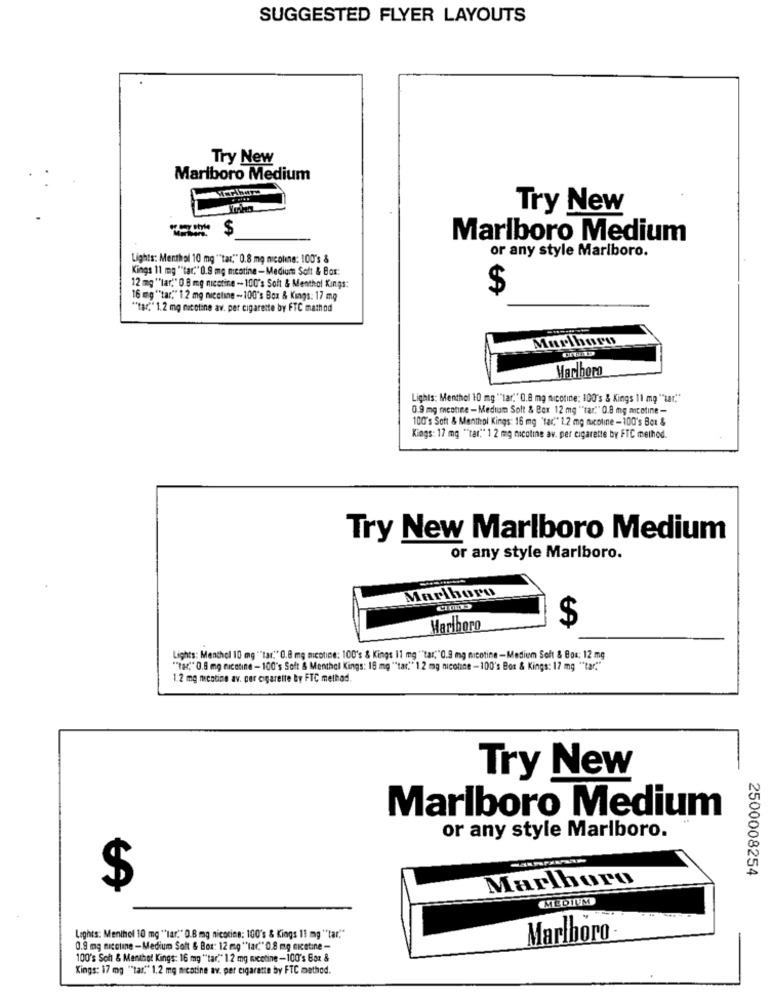
SUGGESTED FLYER LAYOUTS
Try New
Marlboro Medium
Try New
$
Marlboro Medium
or any style Marlboro.
Lights: Menthol 10 mg ""tar." 0.8 mg nicoline: 100's &
Kings 11 mg ""tar," 0.9 mg mcotine-Medium Soft & Bor:
12 mg ""lar," 0.8 mg nicotine - 100's Soft & Menthol Kings:
$
16 mg ""tar" 1.2 mg nicotine -100's Box & Kings: 17 mg
""tar," 1.2 mg nicotine av. per cigarette by FTC mathod
Marlboro
Marlboro
Lights: Menthol 10 mg ""tar." 0.8 mg nicotine: 100's & Kings 11 mg "tar."
0.9 mg mcotine - Medium Solt & Bor 12 mg ""tar." 0.8 mg micotine -
100's Soft & Menthol Kings: 16 mg "tac" 1.2 mg nicotine -100's Bor &
Kings: 17 mg "tar"" 1 2 mg nicotine av. per cigarette by FTC method.
Try New Marlboro Medium
or any style Marlboro.
Marlboro
$
Marlboro
Lights: Menthol 10 mg ""tar." 0.8 mg nicotine: 100's & Kings 11 mg ""tar,"0.9 mg nicotine-Medium Soft & Bos: 12 mg
""Tar" 0.8 mg racotine - 100's Soft & Menthol Kings: 16 mg ""tar." 12 mg nicotine -100's Box & Kings: 17 mg ""tar."
1.2 mg nicotine av. per cigarette by FTC method.
Try New
Marlboro Medium
or any style Marlboro.
2500008254
Marlboro
$
MEDIUM
Lights: Menthol 10 mg "'lar." 0.8 mg nicotina: 100's & Kings 11 mg ""tar."
Marlboro
0.9 mg nicoline - Medium Solt & Bor: 12 mg "'lar." 0.8 mg nicotine -
100's Soft & Menthol Kings: 16 mg ""tar"" 12 mg nicotine-100's Box &
Kings: 17 mg ""tar." 1.2 mg nicotine av. per cigarette by FTC method.